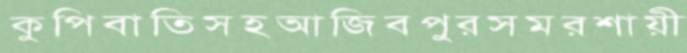
কুপিবাতিসহআজিবপুরসমরশায়ী